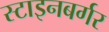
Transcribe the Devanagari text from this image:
स्टाइनबर्गर